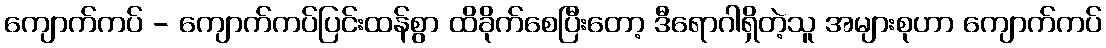
ကျောက်ကပ် - ကျောက်ကပ်ပြင်းထန်စွာ ထိခိုက်စေပြီးတော့ ဒီရောဂါရှိတဲ့သူ အများစုဟာ ကျောက်ကပ်